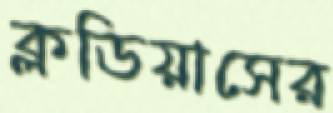
ক্লডিয়াসের